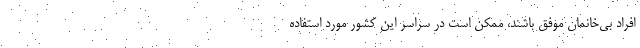
افراد بی‌خانمان موفق باشند، ممکن است در سراسر این کشور مورد استفاده